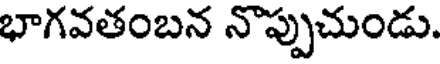
భాగవతంబన నొప్పుచుండు.